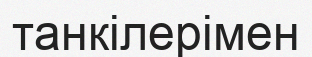
танкілерімен